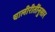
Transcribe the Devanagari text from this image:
चालीरीतींनुसार